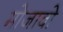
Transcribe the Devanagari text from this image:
मोजावो